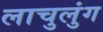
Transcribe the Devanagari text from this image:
लाचुलुंग